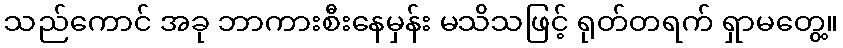
သည်ကောင် အခု ဘာကားစီးနေမှန်း မသိသဖြင့် ရုတ်တရက် ရှာမတွေ့။